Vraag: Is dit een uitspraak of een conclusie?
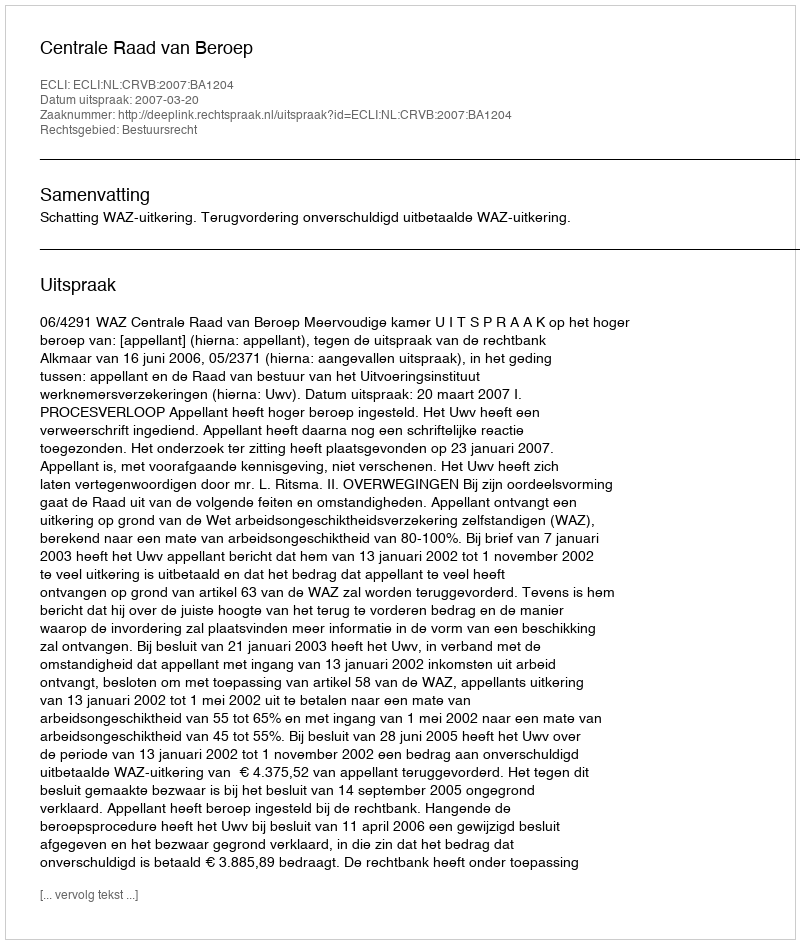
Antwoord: Uitspraak